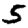
Digit: 5